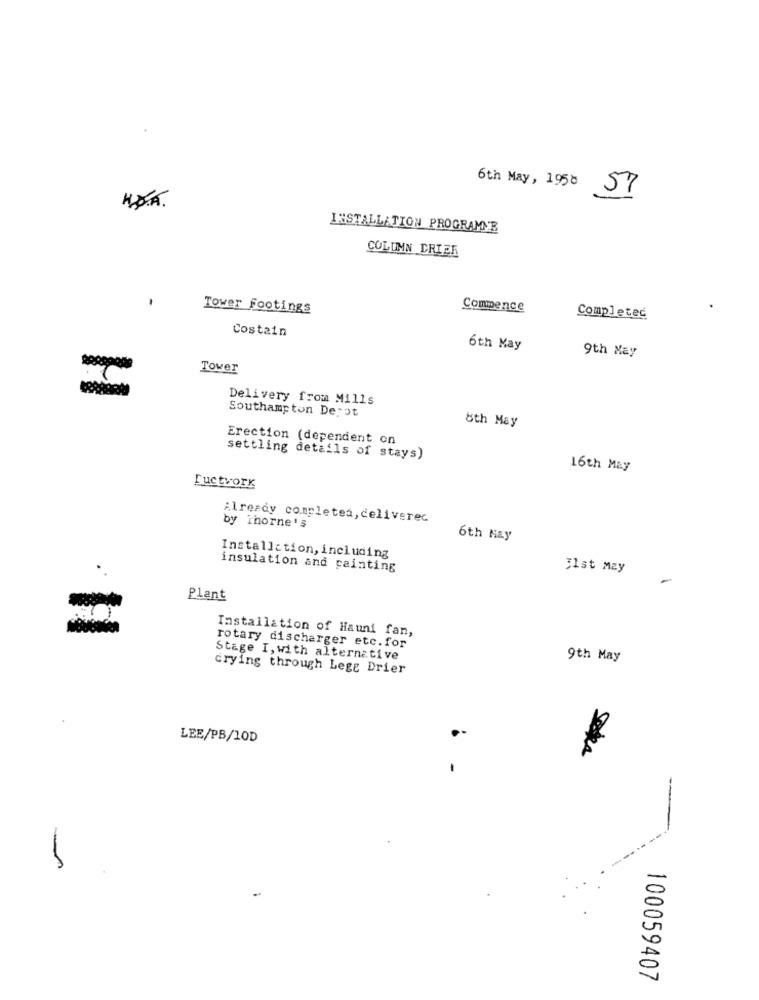
6th May, 1958
57
INSTALLATION PROGRAMNE
COLUMN CRIER
Tower Footings
Commence
Completed
Costain
6th May
9th May
Tower
Delivery from Mills
Southampton Depot
8th May
Erection (dependent on
settling details of stays)
16th May
Fuctvorx
Already completea, celiverec
by Thorne's
6th Hay
Installation, including
insulation and painting
31st May
Plant
Installation of Hauni fan,
rotary discharger etc.for
Stage I, with alternative
9th May
crying through Lege Drier
LEE/PB/10D
100059407